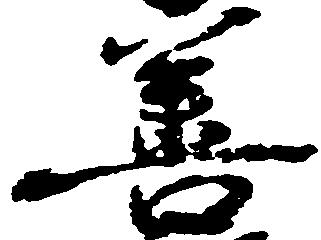
善